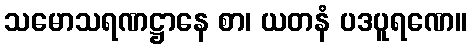
သမောသရဏဋ္ဌာနေ စာ၊ ယတနံ ပဒပူရဏေ။